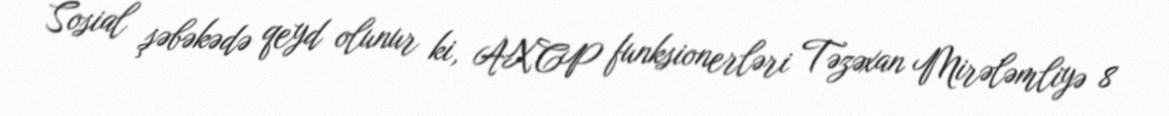
Sosial şəbəkədə qeyd olunur ki, AXCP funksionerləri Təzəxan Mirələmliyə 8